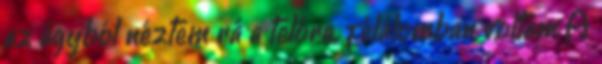
az ágyból néztem rá a telóra, félálomban voltam A